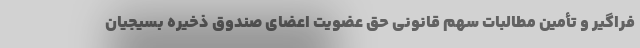
فراگیر و تأمین مطالبات سهم قانونی حق عضویت اعضای صندوق ذخیره بسیجیان